Vaccination in Bombay 1889-1901 - 1889-1901
Year: 1889
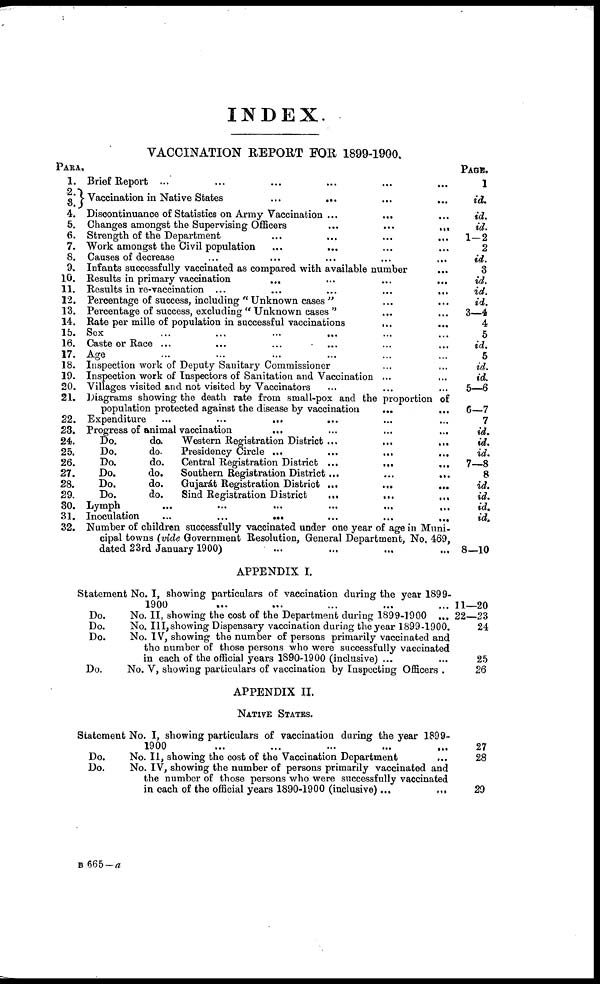
INDEX.
VACCINATION REPORT FOR 1899-1900.
PARA.
1.
2.
3.
4.
5.
6.
7.
8.
9.
10.
11.
12.
13.
14.
15.
16.
17.
18.
19.
20.
21.
22.
23.
24.
25.
26.
27.
28.
29.
30.
31.
32.
Brief Report ... ... ... ... ... ...
Vaccination in Native States ... ... ... ...
Discontinuance of Statistics on Army Vaccination ... ... ...
Changes amongst the Supervising Officers
...
...
...
Strength of the Department ... ... ...
Work amongst the Civil population
...
... ... ...
Causes of decrease ...
Infants successfully vaccinated as compared with available number ...
Results in primary vaccination ... ... ... ...
Results in re-vaccination ...
...
...
...
...
Percentage of success, including " Unknown cases " ... ...
Percentage of success, excluding " Unknown cases " ... ...
Rate per mille of population in successful vaccinations
... ...
Sex ... ... ... ... ... ...
Caste or Race ... ... ... ... ...
Age ... ... ... ... ... ...
Inspection work of Deputy Sanitary Commissioner ... ...
Inspection work of Inspectors of Sanitation and Vaccination ...
Villages visited and not visited by Vaccinators
Diagrams showing the death rate from small-pox and the proportion of
population protected against the disease by vaccination
...
...
Expenditure ... ... ... ...
Progress of animal vaccination
... ... ... ...
Do.
do.
Western Registration District ...
...
...
Do.
do.
Presidency Circle ... ... ... ...
Do.
do.
Central Registration District ...
... ...
Do.
do.
Southern Registration District ...
...
...
Do.
do.
Gujarát Registration District ...
...
...
Do.
do.
Sind Registration District
...
...
...
Lymph
...
...
...
...
...
...
Inoculation
...
...
...
...
Number of children successfully vaccinated under one year of age in Muni-
cipal towns (vide Government Resolution, General Department, No. 469,
dated 23rd January 1900)
PAGE.
1
id.
id.
id.
1—2
2
id.
3
id.
id.
id.
3—4
4
5
id.
5
id.
id.
5—6
6—7
7
id.
id.
id.
7—8
8
id.
id.
id.
id.
8—10
APPENDIX I.
Statement No. I, showing particulars of vaccination during the year 1899-
1900 ... ... ... ... ...
Do.
No. II, showing the cost of the Department during 1899-1900 ...
Do.
No. III,showing Dispensary vaccination during the year 1899-1900.
Do.
No. IV, showing the number of persons primarily vaccinated and
the number of those persons who were successfully vaccinated
in each of the official years 1890-1900 (inclusive) ...
Do.
No. V, showing particulars of vaccination by Inspecting Officers .
11—20
22—23
24
25
26
APPENDIX II.
NATIVE STATES.
Statement No. I, showing particulars of vaccination during the year 1899-
1900 ... ... ... ... ...
Do.
No. II, showing the cost of the Vaccination Department
Do.
No. IV, showing the number of persons primarily vaccinated and
the number of those persons who were successfully vaccinated
in each of the official years 1890-1900 (inclusive) ...
...
27
28
29
B 665 — a